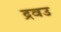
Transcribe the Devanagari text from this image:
द्रवउ